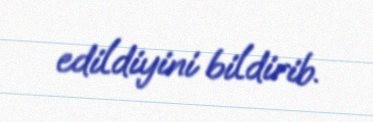
edildiyini bildirib.